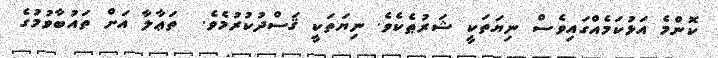
ކޮންމެ އަޅުކަމެއްގައިވެސް ނިޔަތަކީ ޝަރުޠެކެވެ. ނިޔަތަކީ ޤަސްދުކުރުމެވެ.  ތަޢާލާ އަށް ތައުބާވުމުގެ